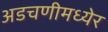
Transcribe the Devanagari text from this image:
अडचणीमध्येर